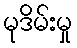
မုဒိမ်းမှု